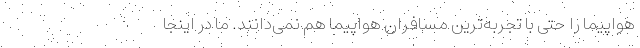
هواپیما را حتی با تجربه‌ترین مسافران هواپیما هم نمی‌دانند. ما در اینجا